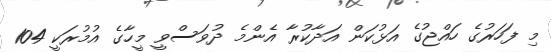
މި ފަހަރުގެ ހައްޖުގެ އަޅުކަން އަދާކުރާ އެންމެ ދުވަސްވީ މީހާގެ އުމުރަކީ 104